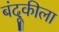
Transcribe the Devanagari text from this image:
बंदूकीला